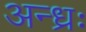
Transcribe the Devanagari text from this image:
अन्ध्रः